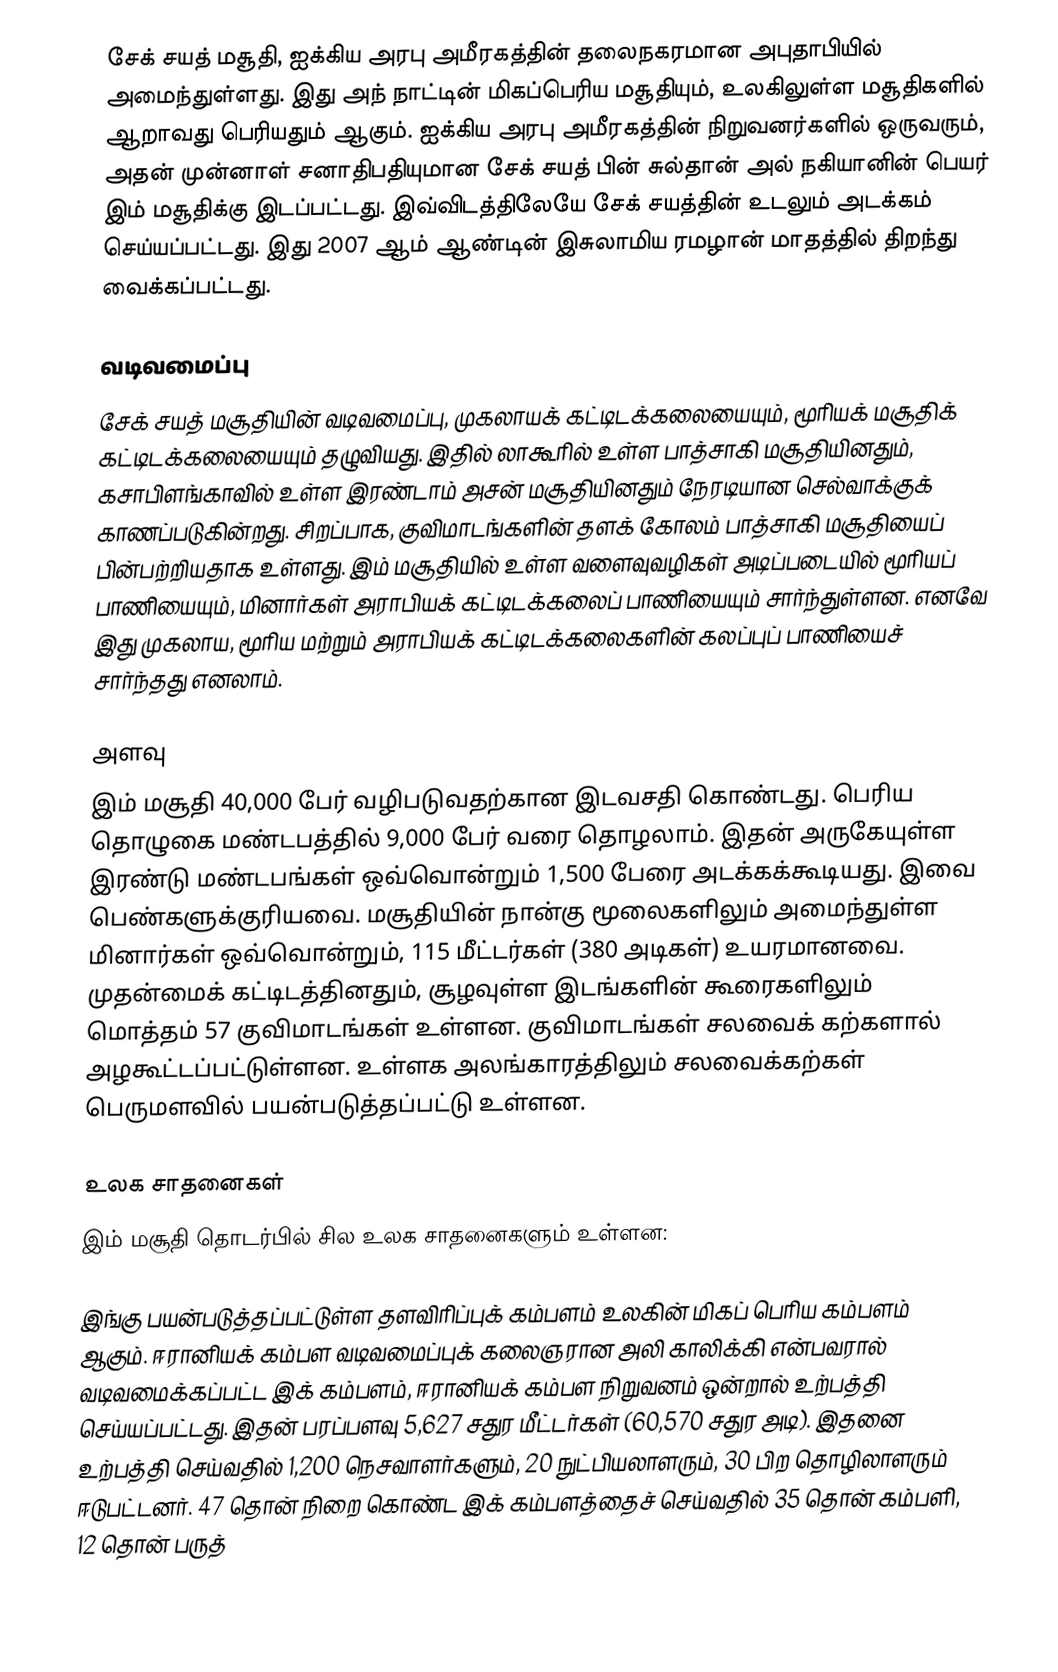
சேக் சயத் மசூதி, ஐக்கிய அரபு அமீரகத்தின் தலைநகரமான அபுதாபியில் அமைந்துள்ளது. இது அந் நாட்டின் மிகப்பெரிய மசூதியும், உலகிலுள்ள மசூதிகளில் ஆறாவது பெரியதும் ஆகும். ஐக்கிய அரபு அமீரகத்தின் நிறுவனர்களில் ஒருவரும், அதன் முன்னாள் சனாதிபதியுமான சேக் சயத் பின் சுல்தான் அல் நகியானின் பெயர் இம் மசூதிக்கு இடப்பட்டது. இவ்விடத்திலேயே சேக் சயத்தின் உடலும் அடக்கம் செய்யப்பட்டது. இது 2007 ஆம் ஆண்டின் இசுலாமிய ரமழான் மாதத்தில் திறந்து வைக்கப்பட்டது.

வடிவமைப்பு
சேக் சயத் மசூதியின் வடிவமைப்பு, முகலாயக் கட்டிடக்கலையையும், மூரியக் மசூதிக் கட்டிடக்கலையையும் தழுவியது. இதில் லாகூரில் உள்ள பாத்சாகி மசூதியினதும், கசாபிளங்காவில் உள்ள இரண்டாம் அசன் மசூதியினதும் நேரடியான செல்வாக்குக் காணப்படுகின்றது. சிறப்பாக, குவிமாடங்களின் தளக் கோலம் பாத்சாகி மசூதியைப் பின்பற்றியதாக உள்ளது. இம் மசூதியில் உள்ள வளைவுவழிகள் அடிப்படையில் மூரியப் பாணியையும், மினார்கள் அராபியக் கட்டிடக்கலைப் பாணியையும் சார்ந்துள்ளன. எனவே இது முகலாய, மூரிய மற்றும் அராபியக் கட்டிடக்கலைகளின் கலப்புப் பாணியைச் சார்ந்தது எனலாம்.

அளவு
இம் மசூதி 40,000 பேர் வழிபடுவதற்கான இடவசதி கொண்டது. பெரிய தொழுகை மண்டபத்தில் 9,000 பேர் வரை தொழலாம். இதன் அருகேயுள்ள இரண்டு மண்டபங்கள் ஒவ்வொன்றும் 1,500 பேரை அடக்கக்கூடியது. இவை பெண்களுக்குரியவை. மசூதியின் நான்கு மூலைகளிலும் அமைந்துள்ள மினார்கள் ஒவ்வொன்றும், 115 மீட்டர்கள் (380 அடிகள்) உயரமானவை. முதன்மைக் கட்டிடத்தினதும், சூழவுள்ள இடங்களின் கூரைகளிலும் மொத்தம் 57 குவிமாடங்கள் உள்ளன. குவிமாடங்கள் சலவைக் கற்களால் அழகூட்டப்பட்டுள்ளன. உள்ளக அலங்காரத்திலும் சலவைக்கற்கள் பெருமளவில் பயன்படுத்தப்பட்டு உள்ளன.

உலக சாதனைகள்
இம் மசூதி தொடர்பில் சில உலக சாதனைகளும் உள்ளன:

 இங்கு பயன்படுத்தப்பட்டுள்ள தளவிரிப்புக் கம்பளம் உலகின் மிகப் பெரிய கம்பளம் ஆகும். ஈரானியக் கம்பள வடிவமைப்புக் கலைஞரான அலி காலிக்கி என்பவரால் வடிவமைக்கப்பட்ட இக் கம்பளம், ஈரானியக் கம்பள நிறுவனம் ஒன்றால் உற்பத்தி செய்யப்பட்டது. இதன் பரப்பளவு 5,627 சதுர மீட்டர்கள் (60,570 சதுர அடி). இதனை உற்பத்தி செய்வதில் 1,200 நெசவாளர்களும், 20 நுட்பியலாளரும், 30 பிற தொழிலாளரும் ஈடுபட்டனர். 47 தொன் நிறை கொண்ட இக் கம்பளத்தைச் செய்வதில் 35 தொன் கம்பளி, 12 தொன் பருத்